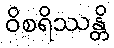
ဝိစရိဿန္တိ